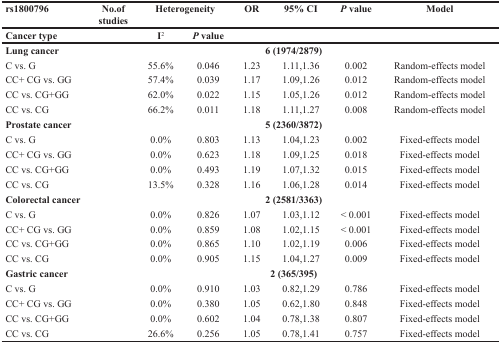
<table><thead><tr><td><b>rs1800796</b></td><td><b>No.ofstudies</b></td><td colspan="2"><b>Heterogeneity</b></td><td><b>OR</b></td><td><b>95% CI</b></td><td><b><i>P</i> value</b></td><td><b>Model</b></td></tr><tr><td colspan="2"><b>Cancer type</b></td><td><b>I<sup>2</sup></b></td><td><b><i>P</i> value</b></td><td colspan="4"></td></tr></thead><tbody><tr><td><b>Lung cancer</b></td><td colspan="7"><b>6 (1974/2879)</b></td></tr><tr><td>C vs. G</td><td></td><td>55.6%</td><td>0.046</td><td>1.23</td><td>1.11,1.36</td><td>0.002</td><td>Random-effects model</td></tr><tr><td>CC+ CG vs. GG</td><td></td><td>57.4%</td><td>0.039</td><td>1.17</td><td>1.09,1.26</td><td>0.012</td><td>Random-effects model</td></tr><tr><td>CC vs. CG+GG</td><td></td><td>62.0%</td><td>0.022</td><td>1.15</td><td>1.05,1.26</td><td>0.012</td><td>Random-effects model</td></tr><tr><td>CC vs. CG</td><td></td><td>66.2%</td><td>0.011</td><td>1.18</td><td>1.11,1.27</td><td>0.008</td><td>Random-effects model</td></tr><tr><td><b>Prostate cancer</b></td><td colspan="7"><b>5 (2360/3872)</b></td></tr><tr><td>C vs. G</td><td></td><td>0.0%</td><td>0.803</td><td>1.13</td><td>1.04,1.23</td><td>0.002</td><td>Fixed-effects model</td></tr><tr><td>CC+ CG vs. GG</td><td></td><td>0.0%</td><td>0.623</td><td>1.18</td><td>1.09,1.25</td><td>0.018</td><td>Fixed-effects model</td></tr><tr><td>CC vs. CG+GG</td><td></td><td>0.0%</td><td>0.493</td><td>1.19</td><td>1.07,1.32</td><td>0.015</td><td>Fixed-effects model</td></tr><tr><td>CC vs. CG</td><td></td><td>13.5%</td><td>0.328</td><td>1.16</td><td>1.06,1.28</td><td>0.014</td><td>Fixed-effects model</td></tr><tr><td><b>Colorectal cancer</b></td><td colspan="7"><b>2 (2581/3363)</b></td></tr><tr><td>C vs. G</td><td></td><td>0.0%</td><td>0.826</td><td>1.07</td><td>1.03,1.12</td><td>&lt; 0.001</td><td>Fixed-effects model</td></tr><tr><td>CC+ CG vs. GG</td><td></td><td>0.0%</td><td>0.859</td><td>1.08</td><td>1.02,1.15</td><td>&lt; 0.001</td><td>Fixed-effects model</td></tr><tr><td>CC vs. CG+GG</td><td></td><td>0.0%</td><td>0.865</td><td>1.10</td><td>1.02,1.19</td><td>0.006</td><td>Fixed-effects model</td></tr><tr><td>CC vs. CG</td><td></td><td>0.0%</td><td>0.905</td><td>1.15</td><td>1.04,1.27</td><td>0.009</td><td>Fixed-effects model</td></tr><tr><td><b>Gastric cancer</b></td><td colspan="7"><b>2 (365/395)</b></td></tr><tr><td>C vs. G</td><td></td><td>0.0%</td><td>0.910</td><td>1.03</td><td>0.82,1.29</td><td>0.786</td><td>Fixed-effects model</td></tr><tr><td>CC+ CG vs. GG</td><td></td><td>0.0%</td><td>0.380</td><td>1.05</td><td>0.62,1.80</td><td>0.848</td><td>Fixed-effects model</td></tr><tr><td>CC vs. CG+GG</td><td></td><td>0.0%</td><td>0.602</td><td>1.04</td><td>0.78,1.38</td><td>0.807</td><td>Fixed-effects model</td></tr><tr><td>CC vs. CG</td><td></td><td>26.6%</td><td>0.256</td><td>1.05</td><td>0.78,1.41</td><td>0.757</td><td>Fixed-effects model</td></tr></tbody></table>